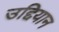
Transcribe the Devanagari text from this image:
उद्दियान